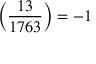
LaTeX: \left( { \frac { 1 3 } { 1 7 6 3 } } \right) = - 1